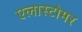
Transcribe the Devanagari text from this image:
एलास्टोमर